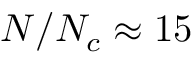
N / \ensuremath { N _ { c } } \approx 1 5